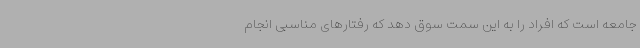
جامعه است که افراد را به این سمت سوق دهد که رفتارهای مناسبی انجام